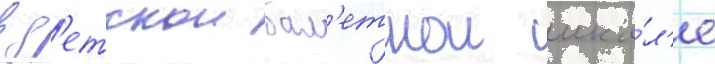
в д'етскои бал'етнои шко́л'е